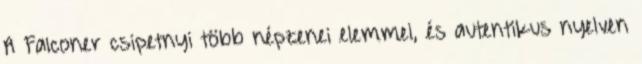
A Falconer csipetnyi több népzenei elemmel, és autentikus nyelven